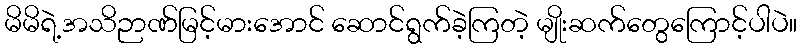
မိမိရဲ့အသိဉာဏ်မြင့်မားအောင် ဆောင်ရွက်ခဲ့ကြတဲ့ မျိုးဆက်တွေကြောင့်ပါပဲ။